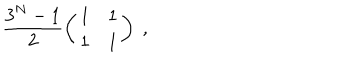
\frac { 3 ^ { N } - 1 } { 2 } \left( \begin{array} { c c } { { 1 } } & { { 1 } } \\ { { 1 } } & { { 1 } } \\ \end{array} \right) \; ,